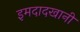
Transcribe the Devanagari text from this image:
इमदादखानी